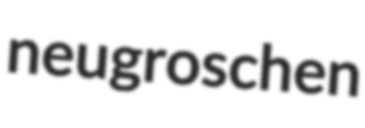
neugroschen